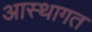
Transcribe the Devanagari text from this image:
आस्थागत